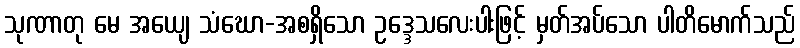
သုဏာတု မေ အယျေ သံဃော-အစရှိသော ဥဒ္ဒေသလေးပါးဖြင့် မှတ်အပ်သော ပါတိမောက်သည်